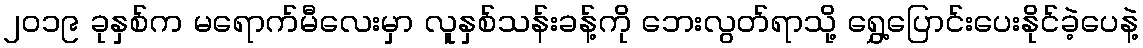
၂၀၁၉ ခုနှစ်က မရောက်မီလေးမှာ လူနှစ်သန်းခန့်ကို ဘေးလွတ်ရာသို့ ရွှေ့ပြောင်းပေးနိုင်ခဲ့ပေနဲ့